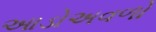
આડોઅવળો